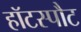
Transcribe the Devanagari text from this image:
हॉटस्‍पौट